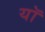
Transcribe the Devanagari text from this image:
यॉ